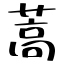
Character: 蒿